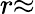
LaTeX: r{\approx}